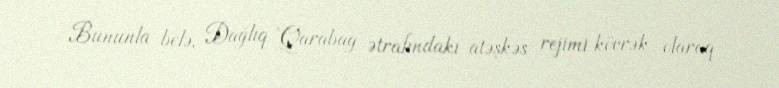
Bununla belə, Dağlıq Qarabağ ətrafındakı atəşkəs rejimi kövrək olaraq